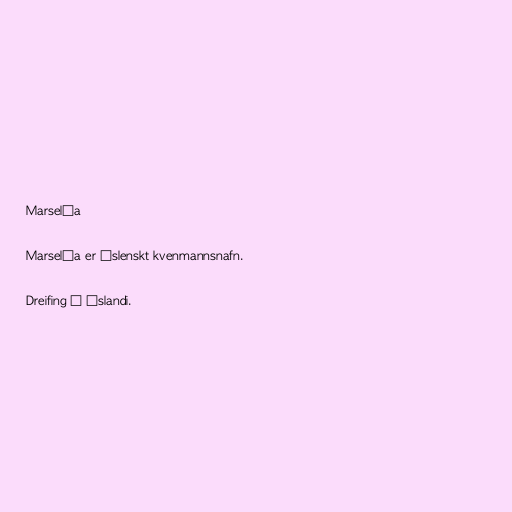
Marselía

Marselía er íslenskt kvenmannsnafn.

Dreifing á Íslandi.